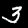
Digit: 3